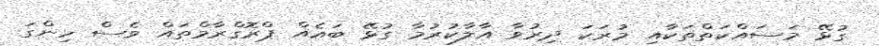
ގުޅޭ މަސައްކަތްތަކާއި މުރަކަ ދިރުވާ އާލާކުރުމާ ގުޅޭ ބައެއް ޕްރޮގްރާމްތައް ވެސް ހިންގަ